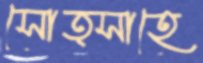
সোত্সাহে